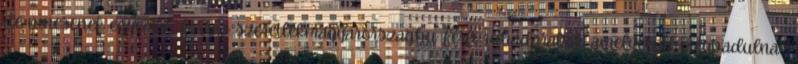
de nincsenek egyedül. Forrás: szeretlekmagyarorszag.hu Férfi ruhadarabok, amelyektől megvadulnak